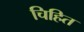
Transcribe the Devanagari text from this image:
चिहित